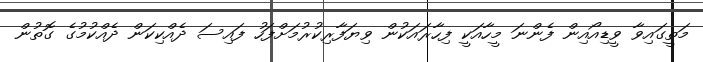
މަތީގައިވާ ވީޑިއޯއިން ފެންނަ މީހާއަކީ ފިހާރައަކުން ވިޔަފާރިކުރުމަށްފަހު ފައިސަ ދެއްކިކަން ދެއްކުމުގެ ގޮތުން